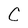
Character: C